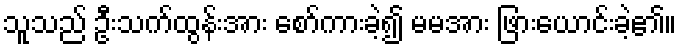
သူသည် ဦးသက်ထွန်းအား စော်ကားခဲ့၍ မမအား ဖြားယောင်းခဲ့၏။